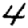
Digit: 4